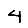
Digit: 4